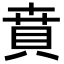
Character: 賁